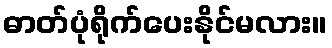
ဓာတ်ပုံရိုက်ပေးနိုင်မလား။